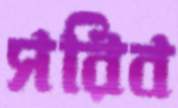
সরিব